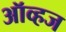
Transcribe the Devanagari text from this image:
ऑव्हज